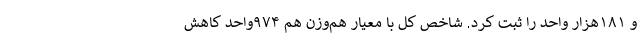
و ۱۸۱هزار واحد را ثبت کرد. شاخص کل با معیار هم‌وزن هم ۹۷۴واحد کاهش